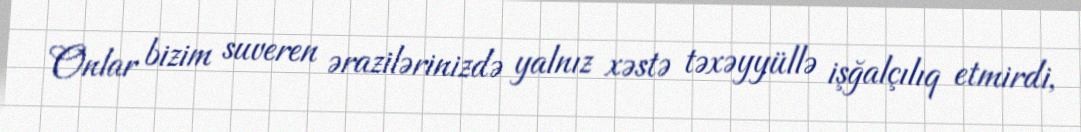
Onlar bizim suveren ərazilərinizdə yalnız xəstə təxəyyüllə işğalçılıq etmirdi,